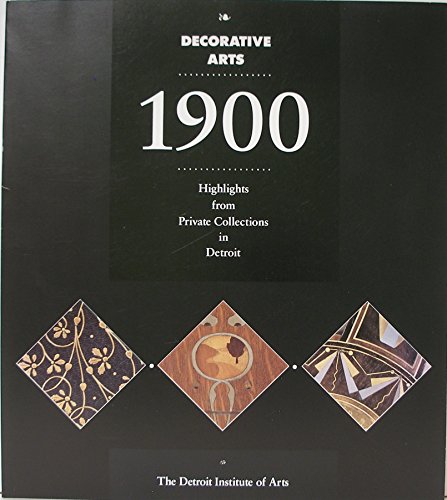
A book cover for Decorative Arts 1900: Highlights from Private Collections in Detroit; Peter Barnet; Travel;